Annual report on the health of the army in India
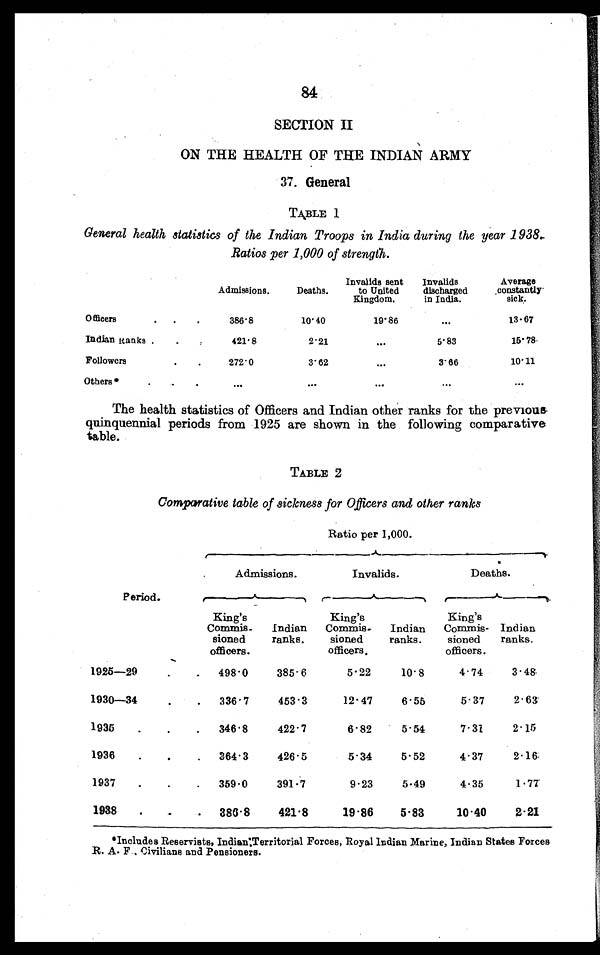
84
SECTION II
ON THE HEALTH OF THE INDIAN ARMY
37. General
TABLE 1
General health statistics of the Indian Troops in India during the year 1938.
Ratios per 1,000 of strength.
Admissions.
Deaths.
Invalids sent
to United
Kingdom.
Invalids
discharged
in India.
Average
constantly
sick.
Officers . . .
386.8
10.40
19.86
. . .
13.67
Indian Ranks . . .
421.8
2.21
. . .
5.83
15.78
Followers. . .
272.0
3.62
. . .
3.66
10.11
Others* . . .
. . .
. . .
. . .
. . .
. . .
The health statistics of Officers and Indian other ranks for the previous
quinquennial periods from 1925 are shown in the following comparative
table.
TABLE 2
Comparative table of sickness for Officers and other ranks
Ratio per 1,000.
P eriod.
Admissions.
Invalids.
Deaths.
King's
Commis-
sioned
officers.
Indian
ranks.
King's
Commis-
sioned
officers.
Indian
ranks.
King's
Commis-
sioned
officers.
Indian
ranks.
1925—2 9 . . .
498.0
385.6
5.22
10.8
4.74
3.48
1930—34 . . .
336.7
453.3
12.47
6.56
5.37
2.63
1935 . . .
346.8
422.7
6.82
5.54
7.31
2.15
1936 . . .
364.3
426.5
5.34
5.52
4.37
2.16
1937 . . .
359.0
391.7
9.23
5.49
4.35
1.77
1938 . . .
386.8
421.8
19.86
5.83
10.40
2.21
*Includes Reservists, Indisiaerritorial Forces, Royal Indian Marine, Indian States Forces
R. A. F., Civilians and Pensioners.